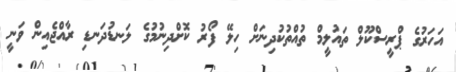
އަހަރުގެ ޕްރީސްކޫލް ތައުލީމް ތުއްތުކުދިނަށް ހިލޭ ފޯރު ކޮށްދިނުމުގެ ލަނޑުދަނޑި ރާއްޖެއިން ވަނީ